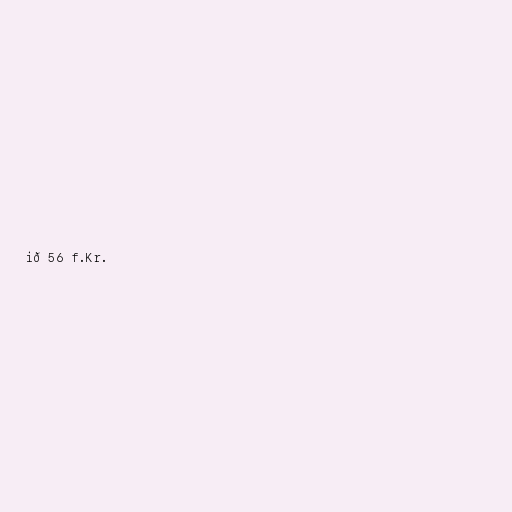
ið 56 f.Kr.